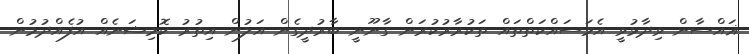
ޣައްސާން ވިދާޅުވީ އެމަސައްކަތްތައް ތަކުރާރުކުރަން ގާނޫނީ ބާރުދީގެން އަލުން އިތުރު ކޮމިޝަނެއް އުފެއްދުމުން